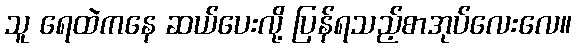
သူ ရေထဲကနေ ဆယ်ပေးလို့ ပြန်ရသည့်စာအုပ်လေးလေ။